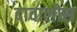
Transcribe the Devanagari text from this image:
दावालौस